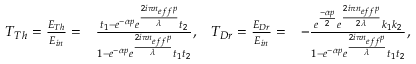
\begin{array} { r l r l } { T _ { T h } = \frac { E _ { T h } } { E _ { i n } } = } & { \frac { t _ { 1 } - e ^ { - \alpha p } e ^ { \frac { 2 i \pi n _ { e f f } p } { \lambda } } t _ { 2 } } { 1 - e ^ { - \alpha p } e ^ { \frac { 2 i \pi n _ { e f f } p } { \lambda } } t _ { 1 } t _ { 2 } } , } & { T _ { D r } = \frac { E _ { D r } } { E _ { i n } } = } & { - \frac { e ^ { \frac { - \alpha p } { 2 } } e ^ { \frac { 2 i \pi n _ { e f f } p } { 2 \lambda } } k _ { 1 } k _ { 2 } } { 1 - e ^ { - \alpha p } e ^ { \frac { 2 i \pi n _ { e f f } p } { \lambda } } t _ { 1 } t _ { 2 } } , } \end{array}